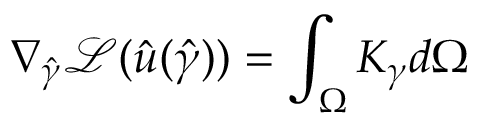
\nabla _ { \boldsymbol { \hat { \gamma } } } \mathcal { L } ( \hat { u } ( \boldsymbol { \hat { \gamma } } ) ) = \int _ { \Omega } K _ { \gamma } d \Omega